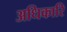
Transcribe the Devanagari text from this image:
अधिकारि